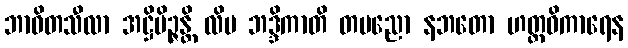
ဘာဝိတသီလာ အဋ္ဌိမိဉ္ဇန္တိ လိပ ဘဒ္ဒိကာတိ တမညော နဘတော ဟတ္ထဝိကာရေန